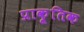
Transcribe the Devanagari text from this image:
प्राकृ्तिक